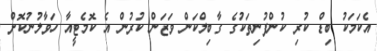
އެކަމަކު ބިޑް ކުރި ކުންފުނިތަކުގެ ގާބިލްކަން ވަޒަން ކުރުން އެ ކޮމެޓީއާ ހަވާލުނުކޮށް